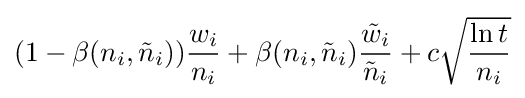
(1-\beta (n_{i},{\tilde {n}}_{i})){\frac {w_{i}}{n_{i}}}+\beta (n_{i},{\tilde {n}}_{i}){\frac {{\tilde {w}}_{i}}{{\tilde {n}}_{i}}}+c{\sqrt {\frac {\ln t}{n_{i}}}}